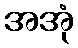
အအုံ